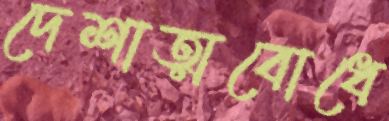
দেশাত্মবোধে